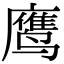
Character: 鹰